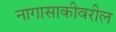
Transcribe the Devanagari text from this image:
नागासाकीवरील